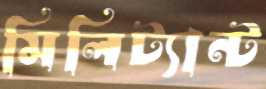
মিলিট্যান্ট